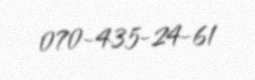
070-435-24-61